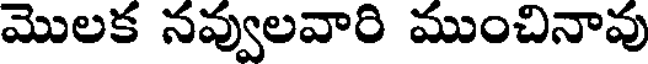
మొలక నవ్వులవారి ముంచినావు